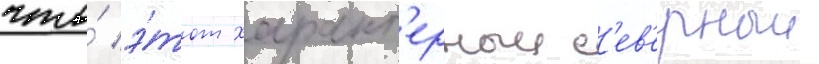
что́ э́тот характ'ерныи с'ев'ерныи